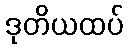
ဒုတိယထပ်